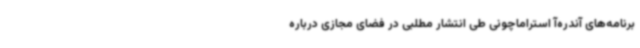
برنامه‌های آندره‌آ استراماچونی طی انتشار مطلبی در فضای مجازی درباره